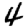
Digit: 4